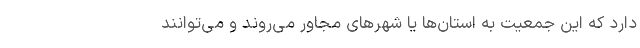
دارد که این جمعیت به استان‌ها یا شهرهای مجاور می‌روند و می‌توانند